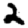
Digit: 2